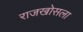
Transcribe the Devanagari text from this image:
राजखोसला